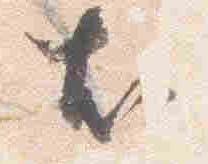
尤